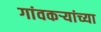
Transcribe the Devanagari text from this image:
गांवकऱ्यांच्या